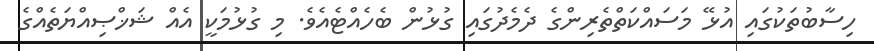
ހިސާބުތަކުގައި އުޅޭ މަސައްކަތްތެރިންގެ ދެމެދުގައި ގުޅުން ބެހެއްޓެއެވެ. މި ގުޅުމަކީ އެއް ޝަޚްޞިއްޔަތެއްގެ